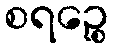
စရဉ္စေ